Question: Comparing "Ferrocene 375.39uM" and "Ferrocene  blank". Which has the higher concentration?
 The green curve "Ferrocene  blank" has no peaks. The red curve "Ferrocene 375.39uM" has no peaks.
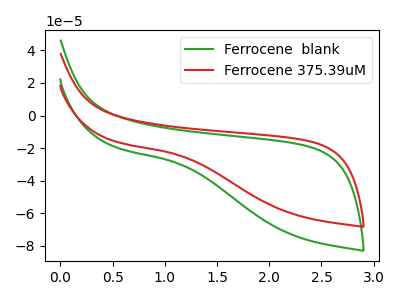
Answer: <think>Neither "Ferrocene 375.39uM" or "Ferrocene  blank" have any peaks.
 </think>
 <answer>I cant tell if "Ferrocene 375.39uM" or "Ferrocene  blank" has higher concentration.</answer>
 <eval>mixed_concentration</eval>